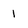
Character: 1